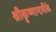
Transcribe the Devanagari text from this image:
श्रीकृष्णाष्टमीके